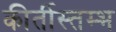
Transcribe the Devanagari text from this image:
कीर्तीस्तम्भ